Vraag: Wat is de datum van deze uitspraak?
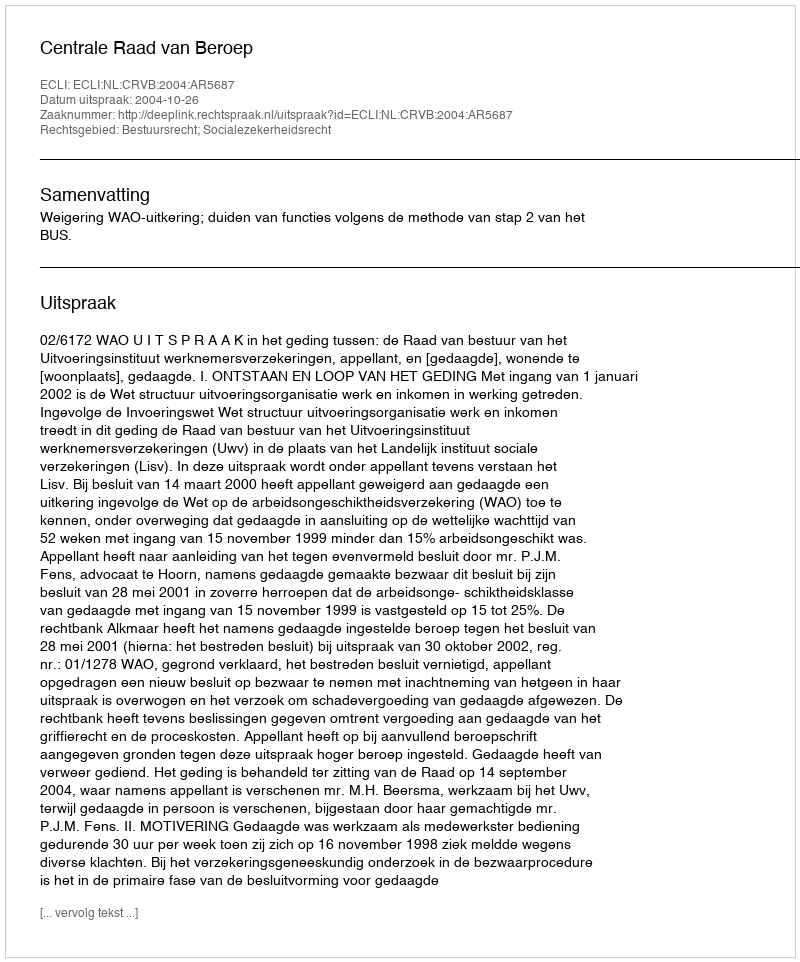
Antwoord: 2004-10-26